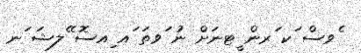
ެވސް ަކ ަރން ީޓނަށް ނު ަވތަ ައ ިއސޮ ޭލޝަ ަނ